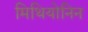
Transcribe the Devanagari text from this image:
मिथियोनिन